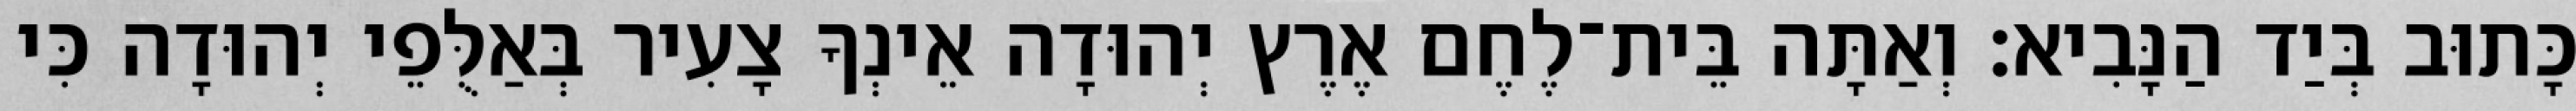
כָּתוּב בְּיַד הַנָּבִיא׃ וְאַתָּה בֵּית־לֶחֶם אֶרֶץ יְהוּדָה אֵינְךָ צָעִיר בְּאַלֻּפֵי יְהוּדָה כִּי